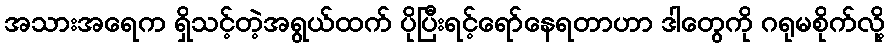
အသားအရေက ရှိသင့်တဲ့အရွယ်ထက် ပိုပြီးရင့်ရော်နေရတာဟာ ဒါတွေကို ဂရုမစိုက်လို့